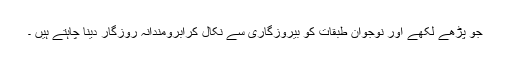
جو پڑھے لکھے اور نوجوان طبقات کو بیروزگاری سے نکال کرآبرومندانہ روزگار دینا چاہتے ہیں ۔